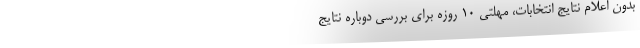
بدون اعلام نتایج انتخابات، مهلتی 10 روزه برای بررسی دوباره نتایج